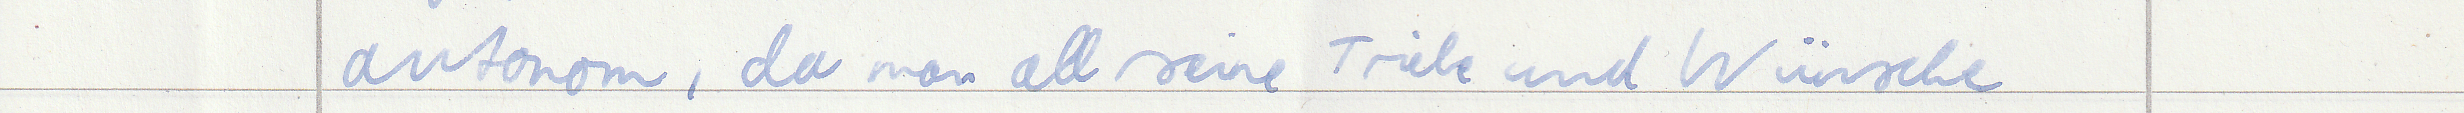
autonom, da man all seine Triebe und Wünsche